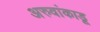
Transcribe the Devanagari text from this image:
अरुवांकाडू